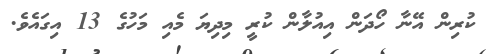
ކުރިން އޭނާ ހޯދަން އިއުލާން ކުރީ މިދިޔަ މެއި މަހުގެ 13 އިގައެވެ.